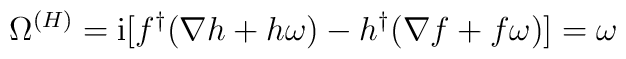
\Omega^{(H)} = {\rm i} [ f^\dagger (\nabla h + h \omega) - h^\dagger(\nabla f + f \omega)] = \omega